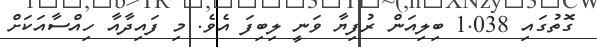
ގޮތުގައި 1.038 ބިލިއަން ރުފިޔާ ވަނީ ލިބިފަ އެވެ. މި ފައިދާއާ ހިއްސާއަކަށް